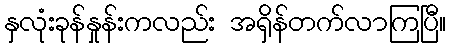
နှလုံးခုန်နှုန်းကလည်း အရှိန်တက်လာကြပြီ။